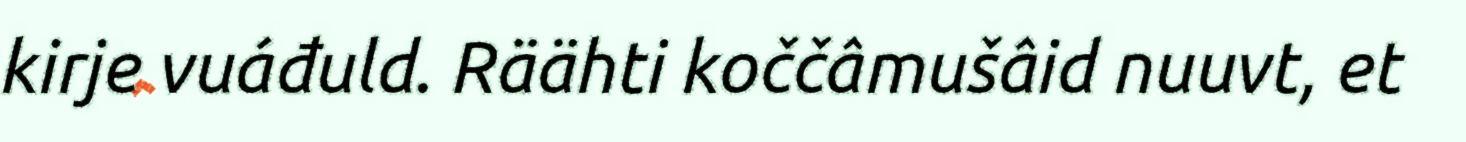
kirje vuáđuld. Räähti koččâmušâid nuuvt, et